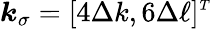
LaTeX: \boldsymbol{k}_{\sigma}=[4\Delta k,6\Delta\ell]^{\scriptscriptstyle T}